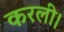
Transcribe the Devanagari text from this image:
करली।